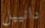
دانييل